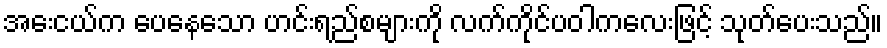
အေးငယ်က ပေနေသော ဟင်းရည်စများကို လက်ကိုင်ပဝါကလေးဖြင့် သုတ်ပေးသည်။